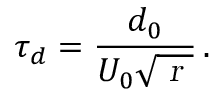
\tau _ { d } = \frac { d _ { 0 } } { U _ { 0 } \sqrt { \textsl { r } } } \, .